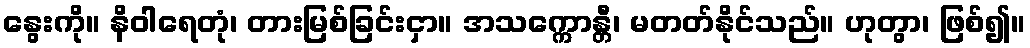
နွေးကို။ နိဝါရေတုံ၊ တားမြစ်ခြင်းငှာ။ အသက္ကောန္တီ၊ မတတ်နိုင်သည်။ ဟုတွာ၊ ဖြစ်၍။